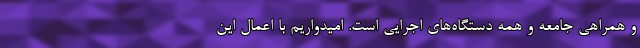
و همراهی جامعه و همه دستگاه‌های اجرایی است. امیدواریم با اعمال این